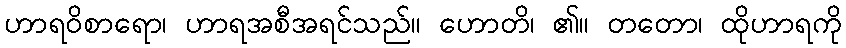
ဟာရဝိစာရော၊ ဟာရအစီအရင်သည်။ ဟောတိ၊ ၏။ တတော၊ ထိုဟာရကို